Civil Veterinary Department Bihar & Orissa reports 1929-36 - 1929-1936
Year: 1929
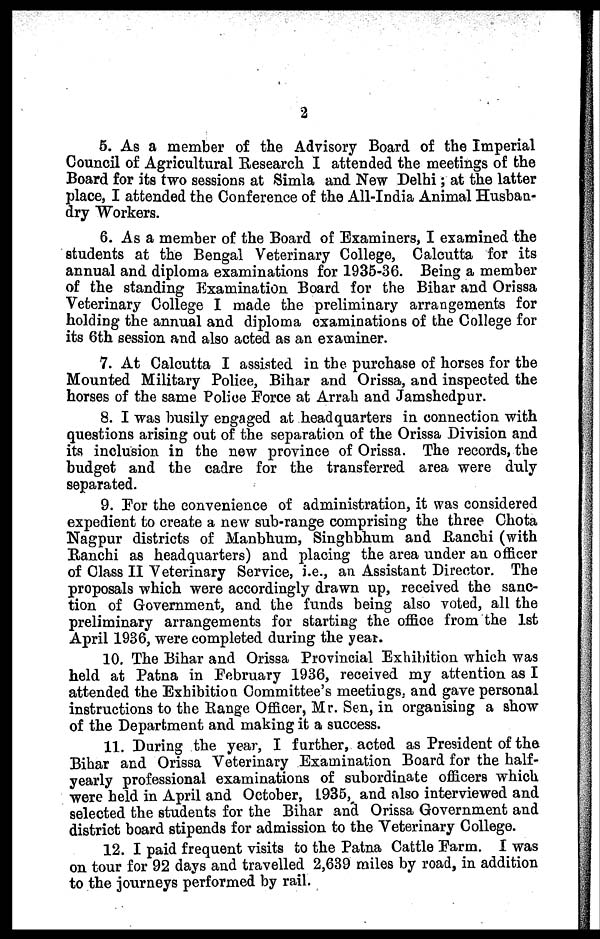
2
5. As a member of the Advisory Board of the Imperial
Council of Agricultural Research I attended the meetings of the
Board for its two sessions at Simla and New Delhi; at the latter
place, I attended the Conference of the All-India Animal Husban-
dry Workers.
6. As a member of the Board of Examiners, I examined the
students at the Bengal Veterinary College, Calcutta for its
annual and diploma examinations for 1935-36. Being a member
of the standing Examination Board for the Bihar and Orissa
Veterinary College I made the preliminary arrangements for
holding the annual and diploma examinations of the College for
its 6th session and also acted as an examiner.
7. At Calcutta I assisted in the purchase of horses for the
Mounted Military Police, Bihar and Orissa, and inspected the
horses of the same Police Force at Arrah and Jamshedpur.
8. I was busily engaged at headquarters in connection with
questions arising out of the separation of the Orissa Division and
its inclusion in the new province of Orissa. The records, the
budget and the cadre for the transferred area were duly
separated.
9. For the convenience of administration, it was considered
expedient to create a new sub-range comprising the three Chota
Nagpur districts of Manbhum, Singhbhum and Ranchi (with
Ranchi as headquarters) and placing the area under an officer
of Class II Veterinary Service, i.e., an Assistant Director. The
proposals which were accordingly drawn up, received the sanc-
tion of Government, and the funds being also voted, all the
preliminary arrangements for starting the office from the 1st
April 1936, were completed during the year.
10. The Bihar and Orissa Provincial Exhibition which was
held at Patna in February 1936, received my attention as I
attended the Exhibition Committee's meetings, and gave personal
instructions to the Range Officer, Mr. Sen, in organising a show
of the Department and making it a success.
11. During the year, I further, acted as President of the.
Bihar and Orissa Veterinary Examination Board for the half-
yearly professional examinations of subordinate officers which
were held in April and October, L935, and also interviewed and
selected the students for the Bihar and Orissa Government and
district board stipends for admission to the Veterinary College.
12. I paid frequent visits to the Patna Cattle Farm. I was
on tour for 92 days and travelled 2,639 miles by road, in addition
to the journeys performed by rail.